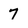
Character: 7